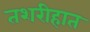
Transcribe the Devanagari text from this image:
तशरीहात